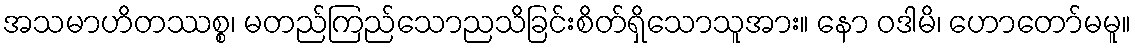
အသမာဟိတဿစ္စ၊ မတည်ကြည်သောညသိခြင်းစိတ်ရှိသောသူအား။ နော ဝဒါမိ၊ ဟောတော်မမူ။